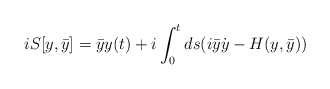
\begin{align*}i S[y,\bar{y}] = \bar{y}y(t) +i \int_0^t ds (i \bar{y} \dot{y} - H(y, \bar{y}))\end{align*}